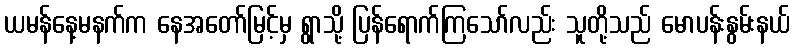
ယမန်နေ့မနက်က နေအတော်မြင့်မှ ရွာသို့ ပြန်ရောက်ကြသော်လည်း သူတို့သည် မောပန်းနွမ်းနယ်